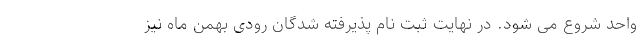
واحد شروع می شود. در نهایت ثبت نام پذیرفته شدگان رودی بهمن ماه نیز